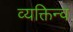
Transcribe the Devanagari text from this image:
व्यक्तिन्व